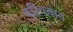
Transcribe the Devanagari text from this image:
परिचयात